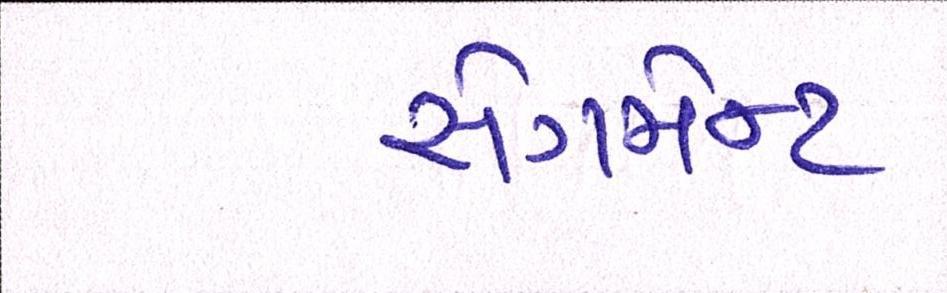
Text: સેગમેન્ટ